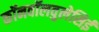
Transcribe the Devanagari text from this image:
कॉनवॉलवुलेसिई